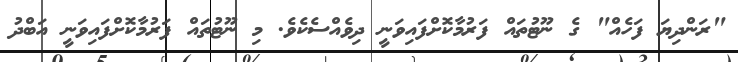
"ރަންދިޔަ ފަހެއް" ގެ ނޫޓުތައް ފަރުމާކޮށްފައިވަނީ ދިވެއްސެކެވެ. މި ނޫޓުތައް ފަރުމާކޮށްފައިވަނީ އަބްދު